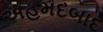
અહમદબાદ